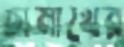
চামাখের